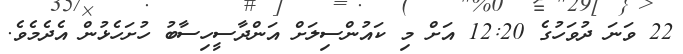
22 ވަނަ ދުވަހުގެ 12:20 އަށް މި ކައުންސިލަށް އަންދާސީހިސާބު ހުށަހެޅުން އެދެމެވެ.